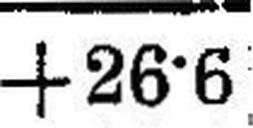
+26•6